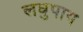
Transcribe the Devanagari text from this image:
लघुपाय